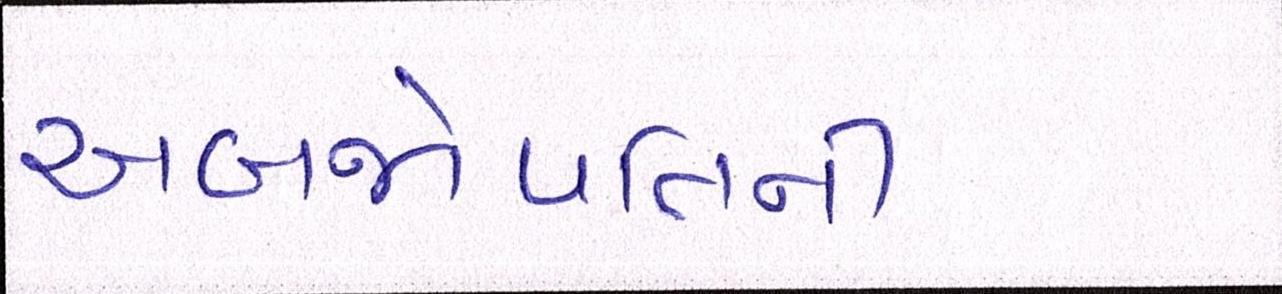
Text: અબજોપતિની